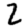
Digit: 2